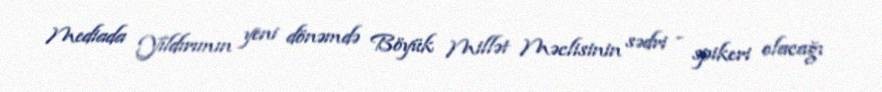
Mediada Yıldırımın yeni dönəmdə Böyük Millət Məclisinin sədri - spikeri olacağı